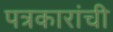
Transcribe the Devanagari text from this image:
पत्रकारांची